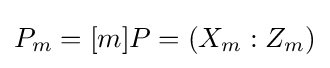
P_{m}=[m]P=(X_{m}:Z_{m})